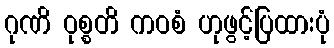
ဂုဏိ ဝုစ္စတိ ကဝစံ ဟုဖွင့်ပြထားပုံ